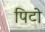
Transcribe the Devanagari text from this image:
पिटो